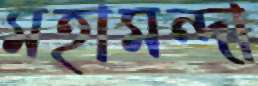
মহামন্দা